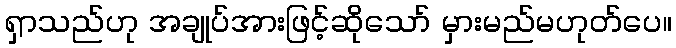
ရှာသည်ဟု အချုပ်အားဖြင့်ဆိုသော် မှားမည်မဟုတ်ပေ။